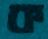
ক